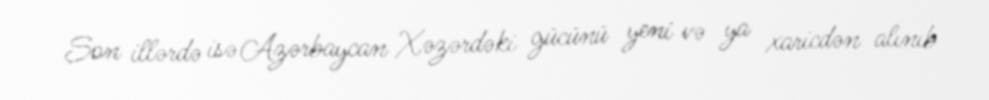
Son illərdə isə Azərbaycan Xəzərdəki gücünü yeni və ya xaricdən alınıb